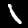
Label: 1